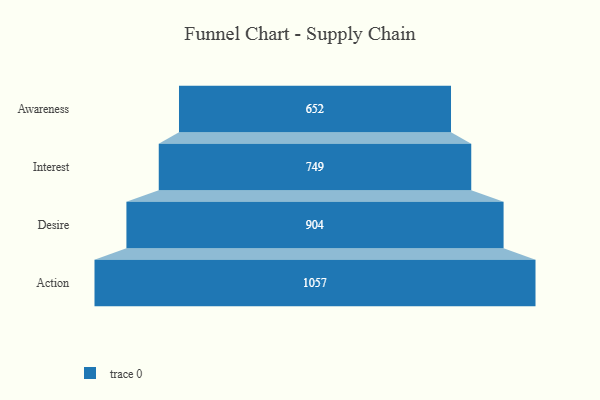
{"axis": {"x": "Stage", "y": "Value"}, "legend": [""], "data": [{"x": "Awareness", "y": 652.0, "type": ""}, {"x": "Interest", "y": 749.0, "type": ""}, {"x": "Desire", "y": 904.0, "type": ""}, {"x": "Action", "y": 1057.0, "type": ""}]}